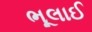
ભૂલાઈ